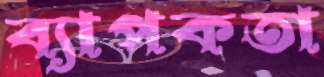
ব্যাপকতা